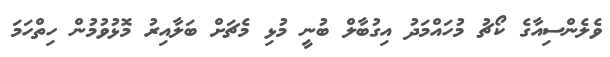
ވެލެންސިއާގެ ކޯޗު މުހައްމަދު އިގުބާލް ބުނީ މުޅި މެޗަށް ބަލާއިރު މޮޅުވުމުން ހިތްހަމަ